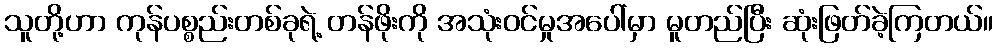
သူတို့ဟာ ကုန်ပစ္စည်းတစ်ခုရဲ့ တန်ဖိုးကို အသုံးဝင်မှုအပေါ်မှာ မူတည်ပြီး ဆုံးဖြတ်ခဲ့ကြတယ်။